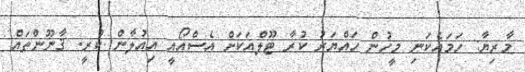
މާރިޔާ: ހަމައެކަނި މީހުން ހައްޔަރު ކުރާ ޓޫލްއަކަށް އެސްއޯއީ އިއުލާން ކުރީ. ޤާނޫންތައް